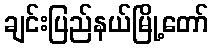
ချင်းပြည်နယ်မြို့တော်